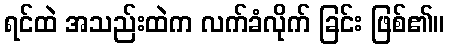
ရင်ထဲ အသည်းထဲက လက်ခံလိုက် ခြင်း ဖြစ်၏။